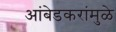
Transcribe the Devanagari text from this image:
आंबेडकरांमुळे